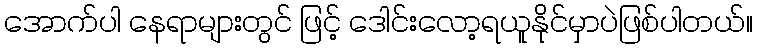
အောက်ပါ နေရာများတွင် ဖြင့် ဒေါင်းလော့ရယူနိုင်မှာပဲဖြစ်ပါတယ်။